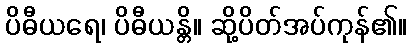
ပိဓီယရေ၊ ပိဓီယန္တိ။ ဆို့ပိတ်အပ်ကုန်၏။